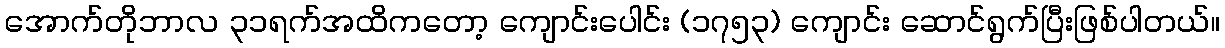
အောက်တိုဘာလ ၃၁ရက်အထိကတော့ ကျောင်းပေါင်း (၁၇၅၃) ကျောင်း ဆောင်ရွက်ပြီးဖြစ်ပါတယ်။